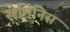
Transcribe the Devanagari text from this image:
सेमिनिस